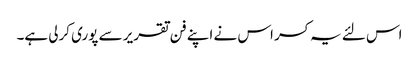
اس لئے یہ کسر اس نے اپنے فن تقریر سے پوری کرلی ہے۔